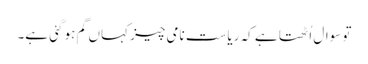
تو سوال اُٹھتا ہے کہ ریاست نامی چیز کہاں گم ہو گئی ہے۔